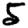
Digit: 5